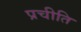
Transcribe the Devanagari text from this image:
प्रचीति